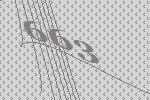
663